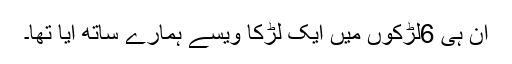
ان ہی 6لڑکوں میں ایک لڑکا ویسے ہمارے ساتھ آیا تھا۔